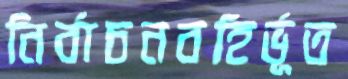
নির্বাচনবহির্ভূত